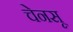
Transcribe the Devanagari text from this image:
चेनसू